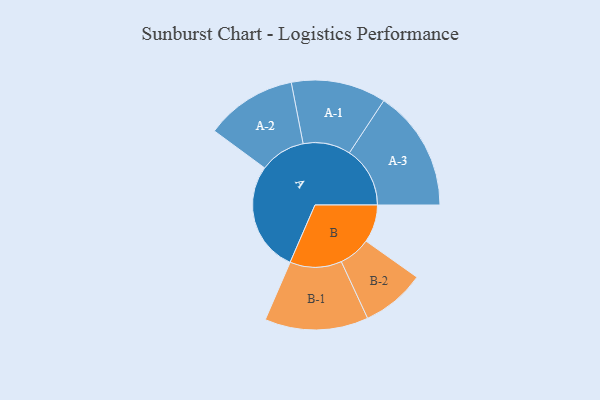
{"axis": {"x": "Segment", "y": "Value"}, "legend": ["", "A", "B"], "data": [{"x": "A", "y": 487, "type": ""}, {"x": "B", "y": 167, "type": ""}, {"x": "A-1", "y": 210, "type": "A"}, {"x": "A-2", "y": 202, "type": "A"}, {"x": "A-3", "y": 268, "type": "A"}, {"x": "B-1", "y": 229, "type": "B"}, {"x": "B-2", "y": 141, "type": "B"}]}